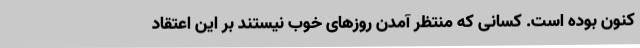
کنون بوده است. کسانی که منتظر آمدن روزهای خوب نیستند بر این اعتقاد